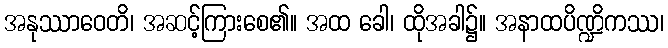
အနုဿာဝေတိ၊ အဆင့်ကြားစေ၏။ အထ ခေါ၊ ထိုအခါ၌။ အနာထပိဏ္ဍိကဿ၊